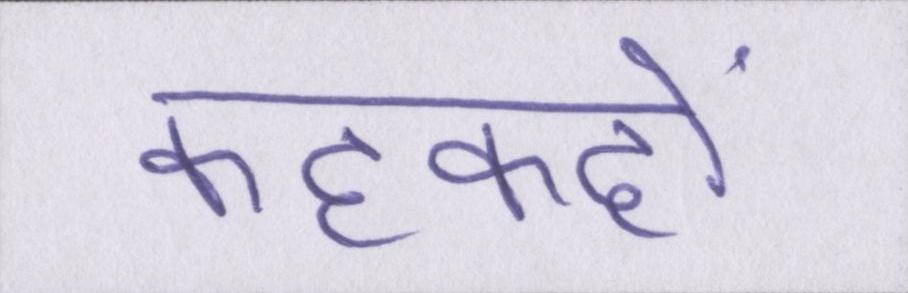
कहकहों